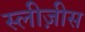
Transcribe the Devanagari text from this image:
स्लीज़ीस